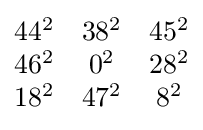
{\begin{matrix}44^{2}&38^{2}&45^{2}\\46^{2}&0^{2}&28^{2}\\18^{2}&47^{2}&8^{2}\end{matrix}}